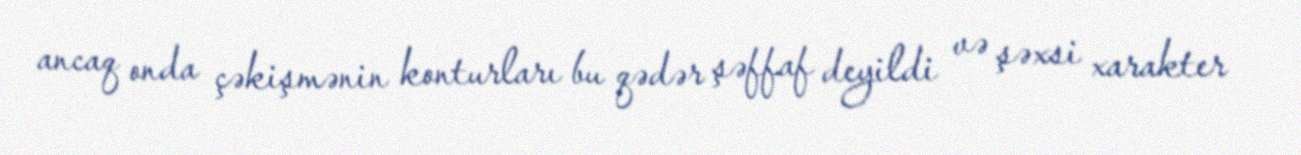
ancaq onda çəkişmənin konturları bu qədər şəffaf deyildi və şəxsi xarakter